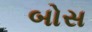
બોસ